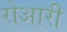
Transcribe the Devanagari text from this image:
रोआरी